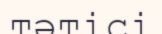
тәтісі